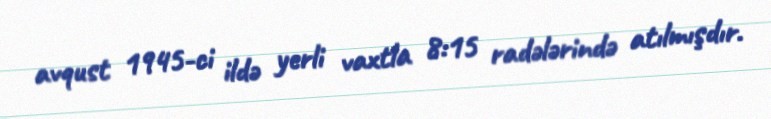
avqust 1945-ci ildə yerli vaxtla 8:15 radələrində atılmışdır.